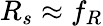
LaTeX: R_{s}\approx f_{R}